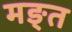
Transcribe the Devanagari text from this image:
मङ्त